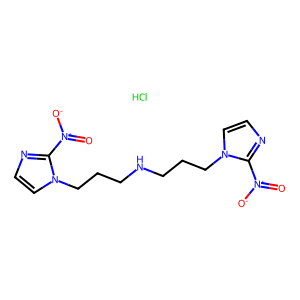
SMILES: Cl.O=[N+]([O-])c1nccn1CCCNCCCn1ccnc1[N+](=O)[O-]
Inhibits HIV replication: No